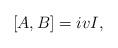
LaTeX: \begin{align*}[A,B]=ivI,\end{align*}